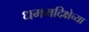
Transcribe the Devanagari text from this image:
धममदिक्षेच्या